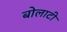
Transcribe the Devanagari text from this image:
बोलाटी